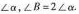
∠ α$$，$$∠ B = 2 ∠ α$$